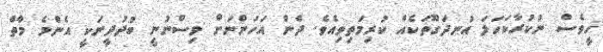
ހީވެސް ނުކުރާކަހަލަ އުނދަގޫތަކެއް ކުރިމަތިވިއެވެ. ދެން އަހަންނަށް ވިސްނުނީ ބުދުދީނަކީ އެންމެ މާތް